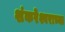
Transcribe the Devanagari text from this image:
शंकरेश्वराच्या